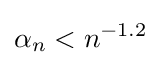
\alpha _{n}<n^{-1.2}